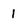
Character: 1